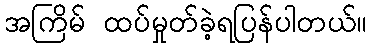
အကြိမ် ထပ်မှုတ်ခဲ့ရပြန်ပါတယ်။